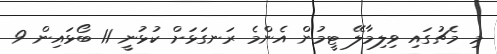
މި މެޗުގައި ވިލިމާލޭ ޓީމުން އެންމެ ރަނގަޅަށް ކުޅުނީ 11 ބޯޅައިން 9